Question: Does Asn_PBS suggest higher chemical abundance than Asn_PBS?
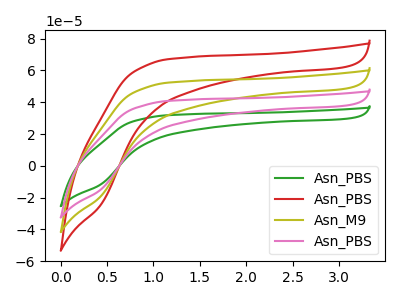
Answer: <think>The green curve "Asn_PBS" has no peaks. The red curve "Asn_PBS" has no peaks. The olive curve "Asn_M9" has no peaks. The pink curve "Asn_PBS" has no peaks.
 Neither "Asn_PBS" or "Asn_PBS" have any peaks.</think>
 <answer>I cant tell if "Asn_PBS" or "Asn_PBS" has more signal.</answer>
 <eval>mixed_signal</eval>